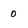
Character: 0